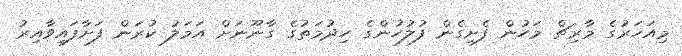
މިއަހަރުގެ މާރިޗް މަހުން ފެށިގެން ފުލުހުންގެ ހިދުމަތުގެ ގާނޫނަށް އަމަލު ކުރަން ފަށާފައިވާއިރު